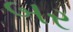
બર